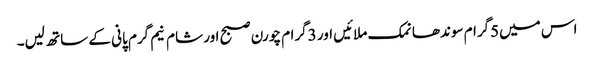
اس میں5گرام سوندھا نمک ملائیں اور 3گرام چورن صبح اور شام نیم گرم پانی کے ساتھ لیں۔